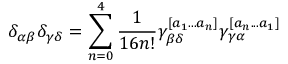
\delta _ { \alpha \beta } \delta _ { \gamma \delta } = \sum _ { n = 0 } ^ { 4 } { \frac { 1 } { 1 6 n ! } } \gamma _ { \beta \delta } ^ { [ a _ { 1 } . . . a _ { n } ] } \gamma _ { \gamma \alpha } ^ { [ a _ { n } . . . a _ { 1 } ] }